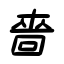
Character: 嗇